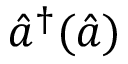
\hat { a } ^ { \dag } ( \hat { a } )